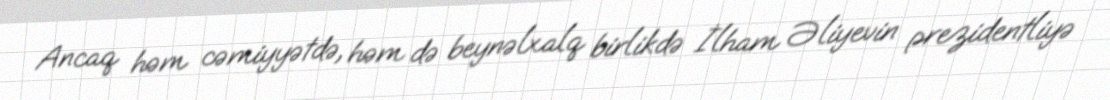
Ancaq həm cəmiyyətdə, həm də beynəlxalq birlikdə İlham Əliyevin prezidentliyə